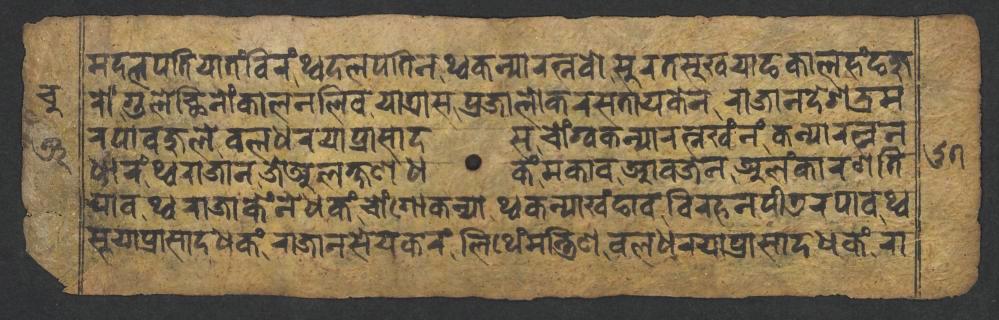
𑐩𑐡𑐮𑐥𑐟𑐶𑐫𑐵𑐟𑑄𑐧𑐶𑐬𑑄𑐠𑑂𑐰𑐡𑐮𑐥𑐟𑐶𑐣𑐠𑑂𑐰𑐎𑐣𑑂𑐫𑐵𑐬𑐟𑑂𑐣𑐰𑑀𑐳𑐸𑐬𑐟𑐳𑐸𑐏𑐫𑐵𑐒𑐎𑐵𑐮𑐴𑑄𑐒𑐖𑐸 𑐬𑑀𑑄𑐐𑐸𑐮𑐾𑐕𑐶𑐣𑑀𑑄𑐎𑐵𑐮𑐣𑐮𑐶𑐰𑐫𑐵𑐟𑑂𑐬𑐵𑐳𑐥𑑂𑐬𑐖𑐵𑐮𑑀𑐎𑐬𑐳𑐟𑐵𑐫𑐎𑐾𑐣𑐬𑐵𑐖𑐵𑐣𑐡𑐾𑐱𑐨𑑂𑐬𑐩 𑐬𑐥𑐵𑐰𑐖𑐸𑐮𑐾𑐧𑐮𑐢𑐬𑐫𑐵𑐥𑑂𑐬𑐵𑐳𑐵𑐡𑐳𑐔𑑀𑑄𑐐𑑂𑐰𑐎𑐣𑑂𑐫𑐵𑐬𑐟𑑂𑐣𑐏𑑄𑐣𑑄𑐎𑐣𑑂𑐫𑐵𑐬𑐟𑑂𑐣𑐣 𑐢𑐵𑐬𑑄𑐠𑑂𑐰𑐬𑐵𑐖𑐵𑐣𑐖𑐾𑐀𑐮𑐎𑑂𑐲𑐞𑐢𑐎𑑄𑐩𑐎𑐵𑐰𑐁𑐰𑐖𑐾𑐣𑐀𑐮𑑄𑐎𑐵𑐬𑐞𑐟𑐶 𑐫𑐵𑐰𑐠𑑂𑐰𑐬𑐵𑐖𑐵𑐎𑐾𑑄𑐣𑐾𑐢𑐎𑑄𑐔𑑀𑑄𑐐𑑀𑐎𑐣𑑂𑐫𑐵𑐠𑑂𑐰𑐎𑐣𑑂𑐫𑐵𑐏𑑄𑐒𑐵𑐰𑐰𑐶𑐬𑐴𑐣𑐥𑐷𑐜𑐬𑐥𑐵𑐰𑐠𑑂𑐰 𑐳𑐸𑐫𑐵𑐥𑑂𑐬𑐵𑐳𑐵𑐡𑐢𑐎𑑄𑐬𑐵𑐖𑐵𑐣𑐳𑐾𑐫𑐎𑐬𑑄𑐮𑐶𑐠𑐾𑑄𑐩𑐣𑑂𑐟𑑂𑐬𑐶𑐞𑐧𑐮𑐢𑐬𑐫𑐵𑐥𑑂𑐬𑐵𑐳𑐵𑐡𑐢𑐎𑑄𑐬𑐵